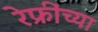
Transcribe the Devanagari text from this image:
रेफ्रींच्या